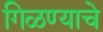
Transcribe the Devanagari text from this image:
गिळण्याचे